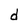
Character: d